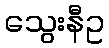
သွေးနီဥ